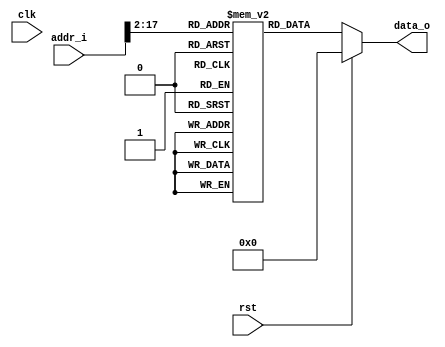
module inst_ram(
    input wire clk,
    input wire rst,
    
    input wire[31:0] addr_i,
    output reg[31:0] data_o
);
    
    reg[31:0] _ram[0:32837];
    
    initial begin
        _ram[0] = 32'hfe010113;
		_ram[1] = 32'h00112e23;
		_ram[2] = 32'h00812c23;
		_ram[3] = 32'h02010413;
		_ram[4] = 32'hfea42623;
		_ram[5] = 32'hfec42703;
		_ram[6] = 32'h00100793;
		_ram[7] = 32'h00f71663;
		_ram[8] = 32'h00100793;
		_ram[9] = 32'h0300006f;
		_ram[10] = 32'hfec42703;
		_ram[11] = 32'h00100793;
		_ram[12] = 32'h02e7d263;
		_ram[13] = 32'hfec42783;
		_ram[14] = 32'hfff78793;
		_ram[15] = 32'h00078513;
		_ram[16] = 32'hfc1ff0ef;
		_ram[17] = 32'h00050713;
		_ram[18] = 32'hfec42783;
		_ram[19] = 32'h02f707b3;
		_ram[20] = 32'h0040006f;
		_ram[21] = 32'h00078513;
		_ram[22] = 32'h01c12083;
		_ram[23] = 32'h01812403;
		_ram[24] = 32'h02010113;
		_ram[25] = 32'h00008067;
		_ram[26] = 32'hfd010113;
		_ram[27] = 32'h02812623;
		_ram[28] = 32'h03010413;
		_ram[29] = 32'hfca42e23;
		_ram[30] = 32'hfdc42703;
		_ram[31] = 32'h00100793;
		_ram[32] = 32'h00f70863;
		_ram[33] = 32'hfdc42703;
		_ram[34] = 32'h00200793;
		_ram[35] = 32'h00f71663;
		_ram[36] = 32'h00100793;
		_ram[37] = 32'h05c0006f;
		_ram[38] = 32'h00200793;
		_ram[39] = 32'hfef42623;
		_ram[40] = 32'h00100793;
		_ram[41] = 32'hfef42423;
		_ram[42] = 32'h00100793;
		_ram[43] = 32'hfef42223;
		_ram[44] = 32'h0300006f;
		_ram[45] = 32'hfe442703;
		_ram[46] = 32'hfe842783;
		_ram[47] = 32'h00f707b3;
		_ram[48] = 32'hfef42223;
		_ram[49] = 32'hfe442703;
		_ram[50] = 32'hfe842783;
		_ram[51] = 32'h40f707b3;
		_ram[52] = 32'hfef42423;
		_ram[53] = 32'hfec42783;
		_ram[54] = 32'h00178793;
		_ram[55] = 32'hfef42623;
		_ram[56] = 32'hfec42703;
		_ram[57] = 32'hfdc42783;
		_ram[58] = 32'hfcf746e3;
		_ram[59] = 32'hfe442783;
		_ram[60] = 32'h00078513;
		_ram[61] = 32'h02c12403;
		_ram[62] = 32'h03010113;
		_ram[63] = 32'h00008067;
		_ram[64] = 32'hfd010113;
		_ram[65] = 32'h02112623;
		_ram[66] = 32'h02812423;
		_ram[67] = 32'h03010413;
		_ram[68] = 32'hfca42e23;
		_ram[69] = 32'hfcb42c23;
		_ram[70] = 32'h00a00793;
		_ram[71] = 32'hfef42623;
		_ram[72] = 32'hfec42503;
		_ram[73] = 32'heddff0ef;
		_ram[74] = 32'hfea42423;
		_ram[75] = 32'hfec42503;
		_ram[76] = 32'hf39ff0ef;
		_ram[77] = 32'hfea42223;
		_ram[78] = 32'h00000793;
		_ram[79] = 32'h00078513;
		_ram[80] = 32'h02c12083;
		_ram[81] = 32'h02812403;
		_ram[82] = 32'h03010113;
		_ram[83] = 32'h00008067;
    end
    
    always @(*)begin
        if(rst)begin
            data_o = 0;
        end else begin
            data_o = _ram[addr_i[31:2]];
        end
    end
endmodule